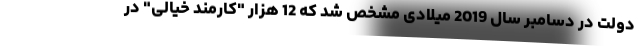
دولت در دسامبر سال 2019 میلادی مشخص شد که 12 هزار "کارمند خیالی" در